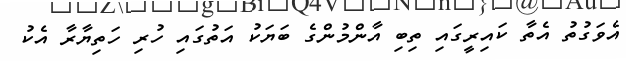
އެވަގުތު އެތާ ކައިރީގައި ތިބި އާންމުންގެ ބަޔަކު އަތުގައި ހުރި ހަތިޔާރާ އެކު